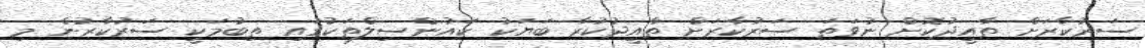
ސަރުކާރަށް ތާއީދުކޮށް ނުވަތަ ސަރުކާރަށް ތާއީދުކުރާ ބަޔަކު ކައުންސިލްތަކުގައި ތިބުމަކީ ސަރުކާރުން މި